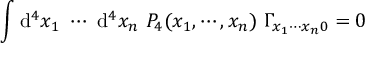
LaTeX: \int \mathrm { d } ^ { 4 } x _ { 1 } ~ \cdots ~ \mathrm { d } ^ { 4 } x _ { n } ~ P _ { 4 } ( x _ { 1 } , \cdots , x _ { n } ) ~ \Gamma _ { x _ { 1 } \cdots x _ { n } 0 } = 0